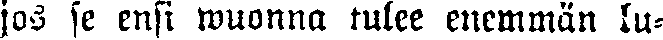
jos se ensi wuonna tulee enemmän lu-